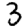
Digit: 3